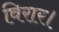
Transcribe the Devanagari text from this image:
विरार।